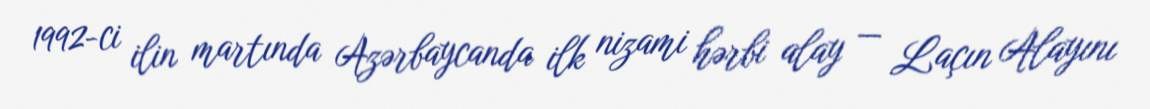
1992-ci ilin martında Azərbaycanda ilk nizami hərbi alay — Laçın Alayını